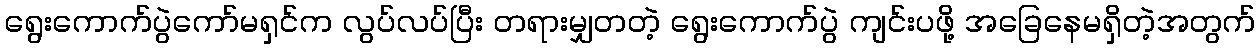
ရွေးကောက်ပွဲကော်မရှင်က လွပ်လပ်ပြီး တရားမျှတတဲ့ ရွေးကောက်ပွဲ ကျင်းပဖို့ အခြေနေမရှိတဲ့အတွက်